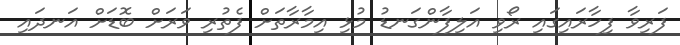
ފަރިވާ ފިހާރައިގައި ރޯވި އަލިފާންގަނޑު މުޅި އިމާރާތަށް ފެތުރި ވަރަށް ބޮޑަށް އަނދައި